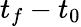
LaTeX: t_{f}-t_{0}